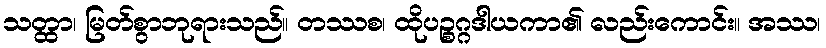
သတ္ထာ၊ မြတ်စွာဘုရားသည်။ တဿစ၊ ထိုပဉ္စဂ္ဂဒါယကာ၏ လည်းကောင်း။ အဿ၊